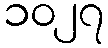
၁၀၂၇